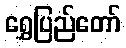
ရွှေပြည်တော်